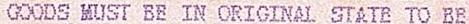
GOODS MUST BE IN ORIGINAL STATE TO BE